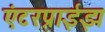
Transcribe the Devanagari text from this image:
एंटरप्राईझ